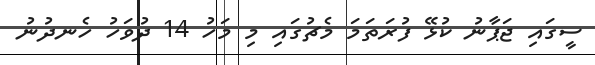
ސީގައި ޖަޕާނު ކުޅޭ ފުރަތަމަ މެޗުގައި މި މަހު 14 ދުވަހު ހެނދުނު